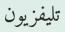
تليفزيون